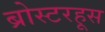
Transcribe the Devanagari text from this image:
ब्रोस्टरहूस